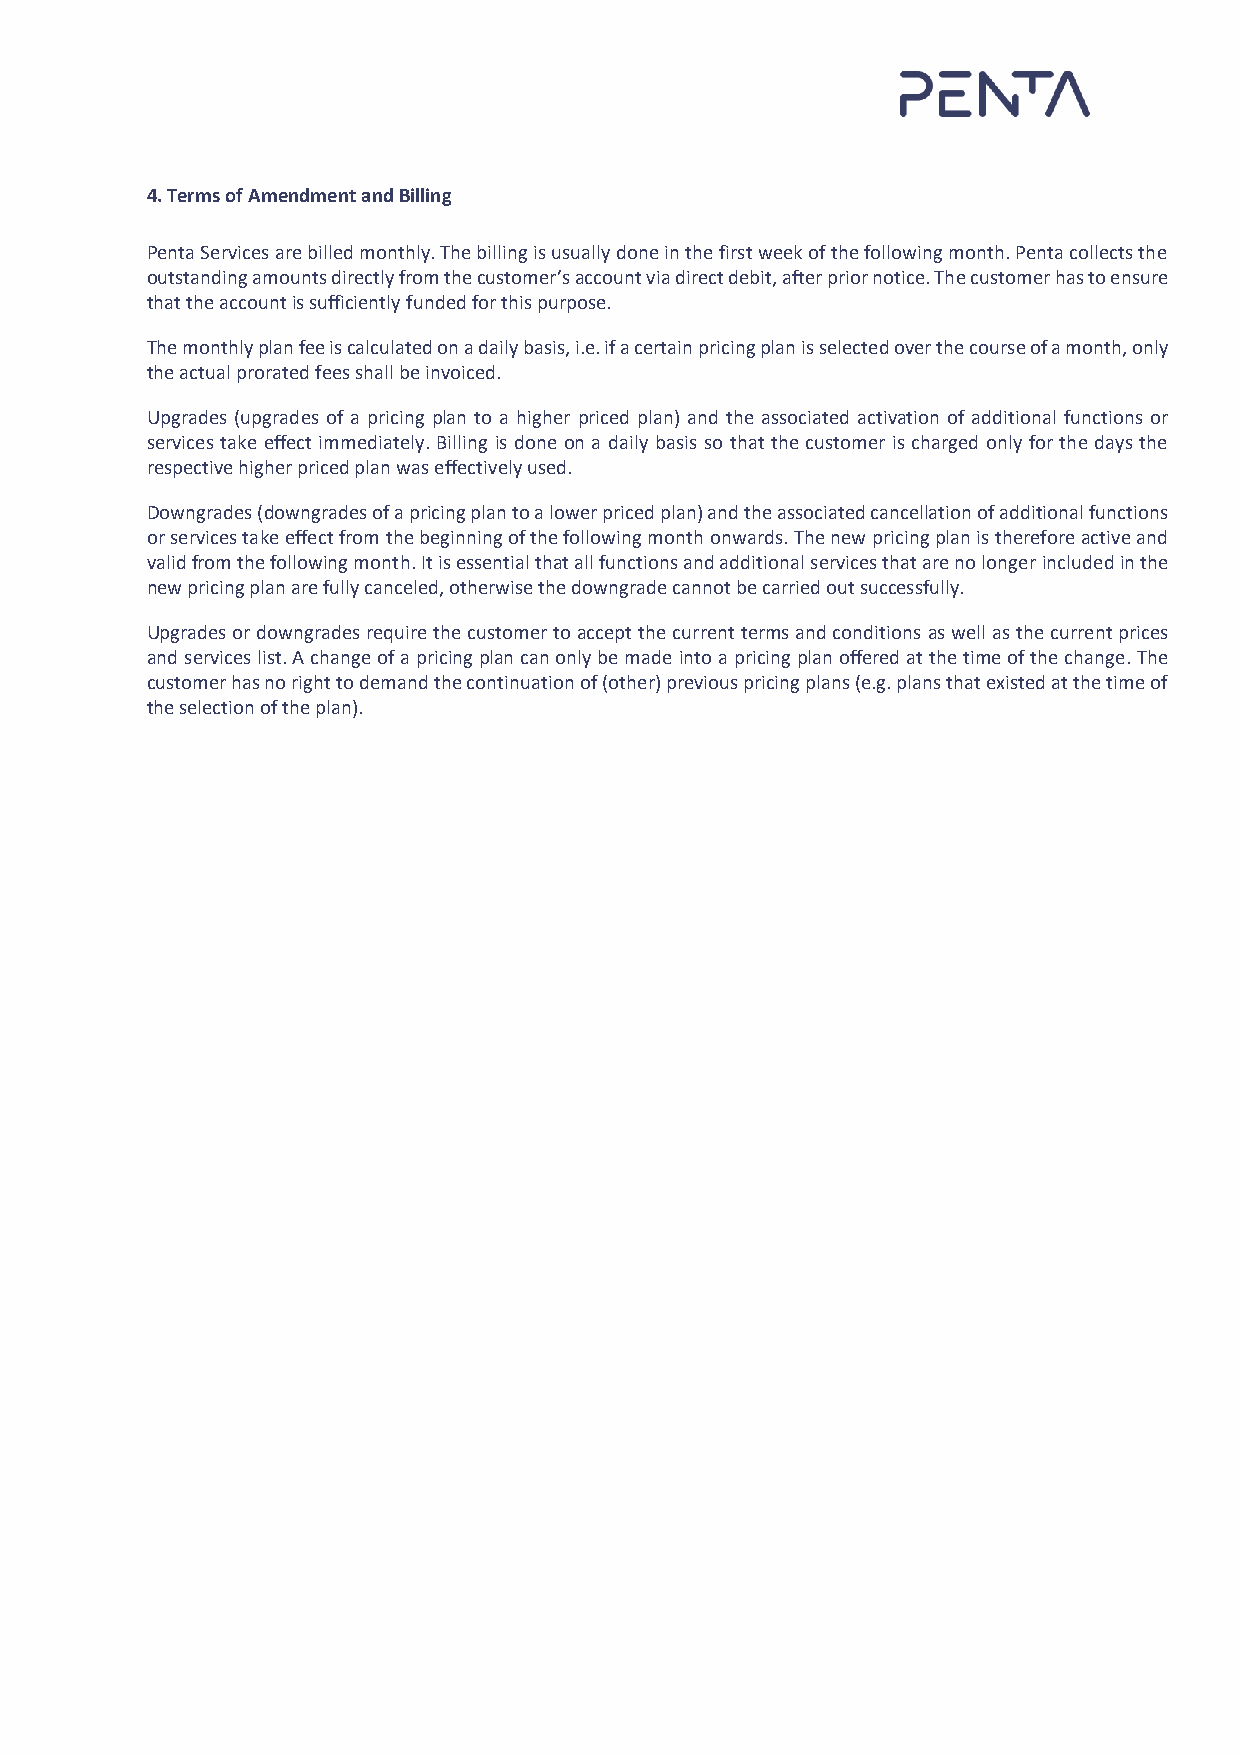
4. Terms of Amendment and Billing
 Penta Services are billed monthly. The billing is usually done in the first week of the following month. Penta collects the
 outstanding amounts directly from the customer’s account via direct debit, after prior notice. The customer has to ensure
 that the account is sufficiently funded for this purpose.
 The monthly plan fee is calculated on a daily basis, i.e. if a certain pricing plan is selected over the course of a month, only
 the actual prorated fees shall be invoiced.
 Upgrades (upgrades of a pricing plan to a higher priced plan) and the associated activation of additional functions or
 services take effect immediately. Billing is done on a daily basis so that the customer is charged only for the days the
 respective higher priced plan was effectively used.
 Downgrades (downgrades of a pricing plan to a lower priced plan) and the associated cancellation of additional functions
 or services take effect from the beginning of the following month onwards. The new pricing plan is therefore active and
 valid from the following month. It is essential that all functions and additional services that are no longer included in the
 new pricing plan are fully canceled, otherwise the downgrade cannot be carried out successfully.
 Upgrades or downgrades require the customer to accept the current terms and conditions as well as the current prices
 and services list. A change of a pricing plan can only be made into a pricing plan offered at the time of the change. The
 customer has no right to demand the continuation of (other) previous pricing plans (e.g. plans that existed at the time of
 the selection of the plan).